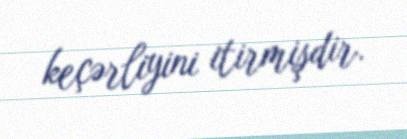
keçərliyini itirmişdir.